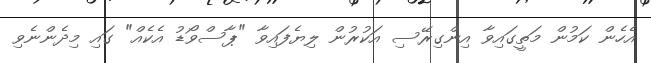
އެހެން ކަމުން މަތީގައިވާ އިންގިރޭސި އަކުރުން ލިޔެފައިވާ "ޕާސްވޯޑު އެކެއް" ގައި މިދެންނެވި